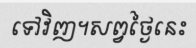
ទៅវិញ។សព្វថ្ងៃនេះ